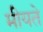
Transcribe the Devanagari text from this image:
मीयते